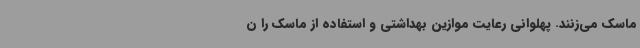
ماسک می‌زنند. پهلوانی رعایت موازین بهداشتی و استفاده از ماسک را ن